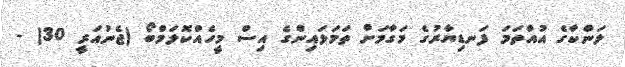
ލަންކާގެ އުއްތަމަ ފަނޑިޔާރުގެ މަގާމަށް ތަމަޅައިންގެ އިސް މީހެއްކޮލަމްބޯ (ޖެނުއަރީ 30) -